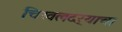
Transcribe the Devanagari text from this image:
चिखलदर्‍याचा